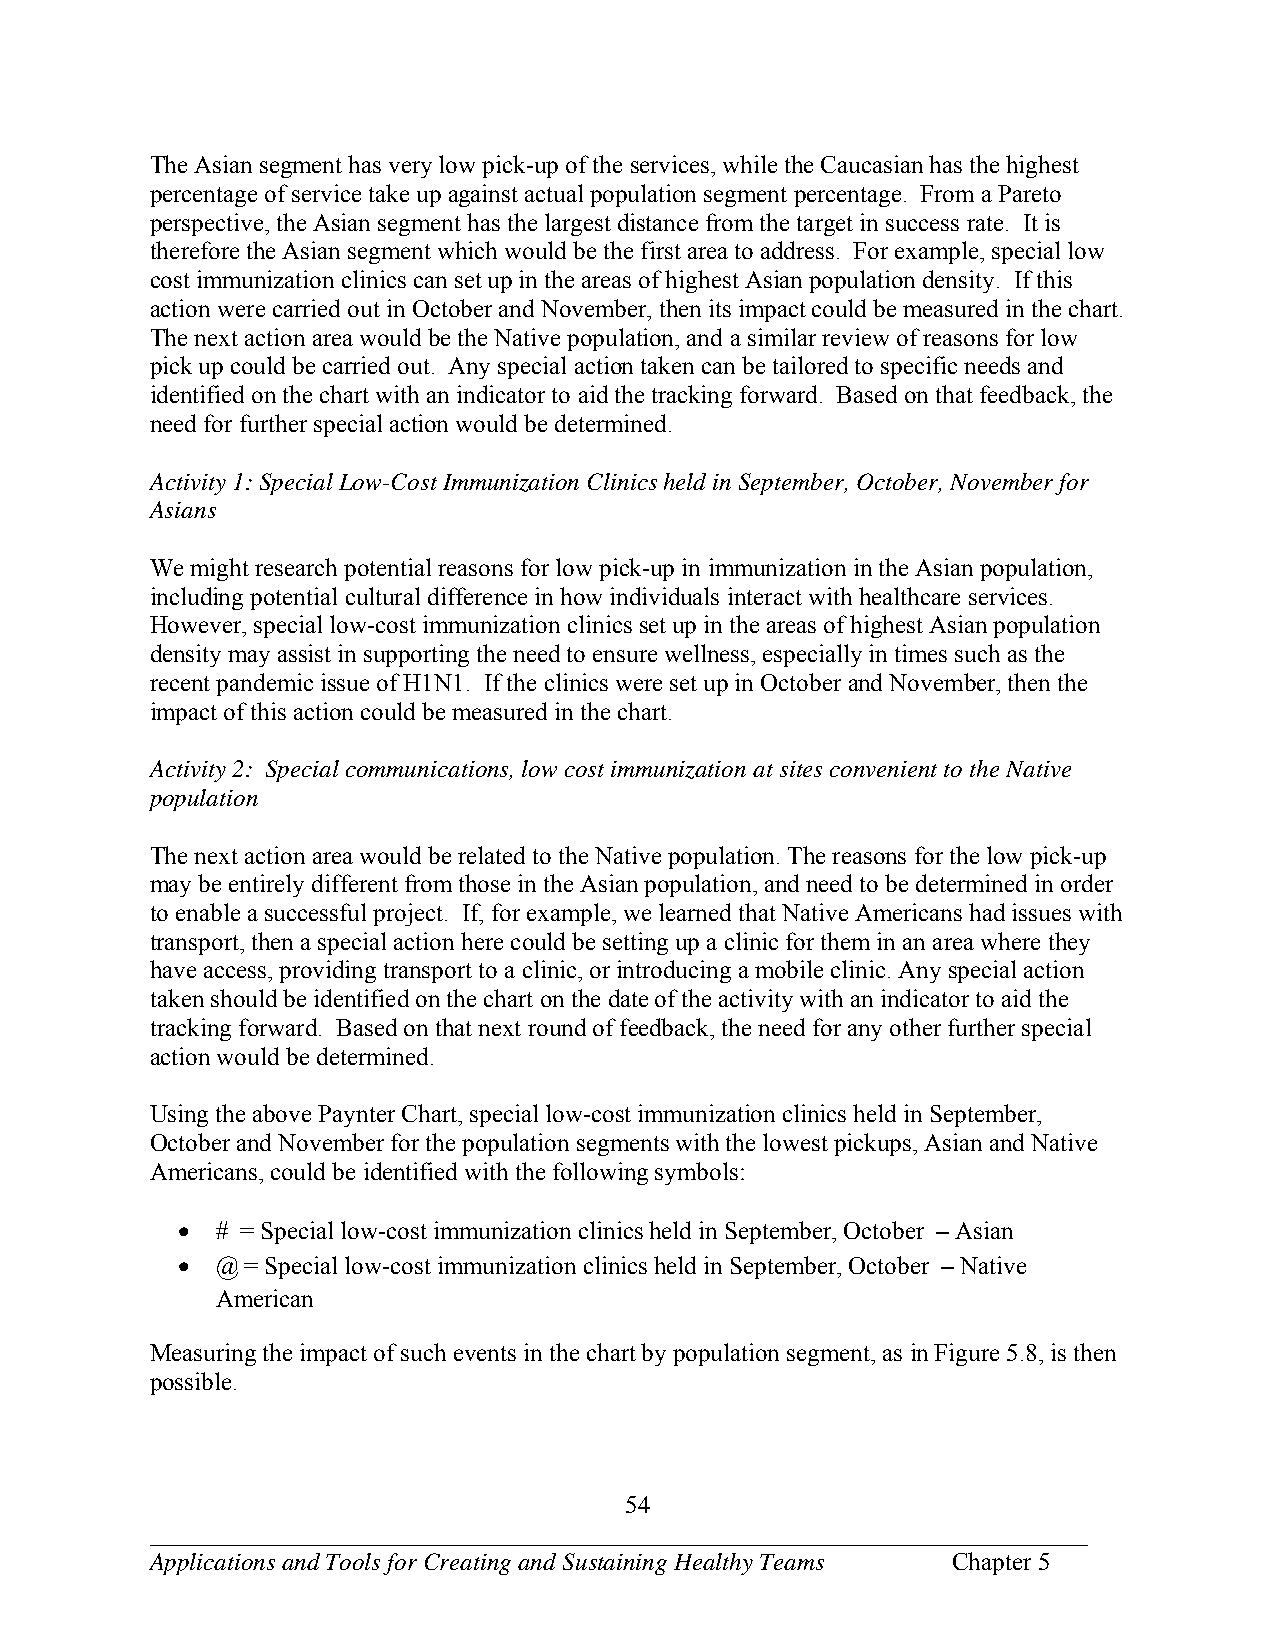
The Asian segment has very low pick-up of the services, while the Caucasian has the highest
 percentage of service take up against actual population segment percentage. From a Pareto
 perspective, the Asian segment has the largest distance from the target in success rate. It is
 therefore the Asian segment which would be the first area to address. For example, special low
 cost immunization clinics can set up in the areas of highest Asian population density. If this
 action were carried out in October and November, then its impact could be measured in the chart.
 The next action area would be the Native population, and a similar review of reasons for low
 pick up could be carried out. Any special action taken can be tailored to specific needs and
 identified on the chart with an indicator to aid the tracking forward. Based on that feedback, the
 need for further special action would be determined.
 Activity 1: Special Low-Cost Immunization Clinics held in September, October, November for
 Asians
 We might research potential reasons for low pick-up in immunization in the Asian population,
 including potential cultural difference in how individuals interact with healthcare services.
 However, special low-cost immunization clinics set up in the areas of highest Asian population
 density may assist in supporting the need to ensure wellness, especially in times such as the
 recent pandemic issue of H1N1. If the clinics were set up in October and November, then the
 impact of this action could be measured in the chart.
 Activity 2: Special communications, low cost immunization at sites convenient to the Native
 population
 The next action area would be related to the Native population. The reasons for the low pick-up
 may be entirely different from those in the Asian population, and need to be determined in order
 to enable a successful project. If, for example, we learned that Native Americans had issues with
 transport, then a special action here could be setting up a clinic for them in an area where they
 have access, providing transport to a clinic, or introducing a mobile clinic. Any special action
 taken should be identified on the chart on the date of the activity with an indicator to aid the
 tracking forward. Based on that next round of feedback, the need for any other further special
 action would be determined.
 Using the above Paynter Chart, special low-cost immunization clinics held in September,
 October and November for the population segments with the lowest pickups, Asian and Native
 Americans, could be identified with the following symbols:
  # = Special low-cost immunization clinics held in September, October – Asian
  @ = Special low-cost immunization clinics held in September, October – Native
 American
 Measuring the impact of such events in the chart by population segment, as in Figure 5.8, is then
 possible.
 54
 ___________________________________________________________________________
 Applications and Tools for Creating and Sustaining Healthy Teams Chapter 5